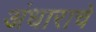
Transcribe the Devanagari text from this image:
अंधाराचे